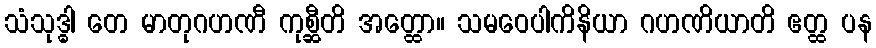
သံသုဒ္ဓါ တေ မာတုဂဟဏီ ကုစ္ဆီတိ အတ္ထော။ သမဝေပါကိနိယာ ဂဟဏိယာတိ ဧတ္ထ ပန